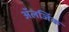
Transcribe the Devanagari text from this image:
अॅलर्जिक